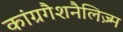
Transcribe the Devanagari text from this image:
कांग्रगैशनैलिज़्म